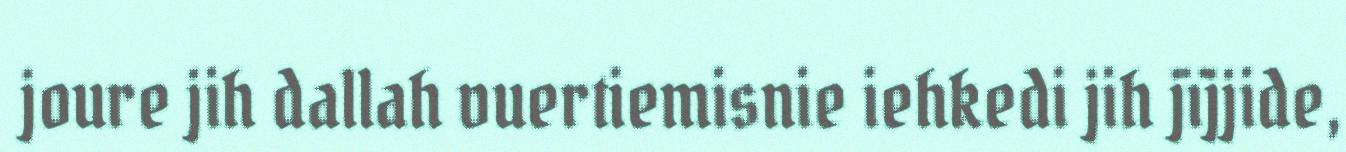
joure jih dallah vuertiemisnie iehkedi jih jïjjide,